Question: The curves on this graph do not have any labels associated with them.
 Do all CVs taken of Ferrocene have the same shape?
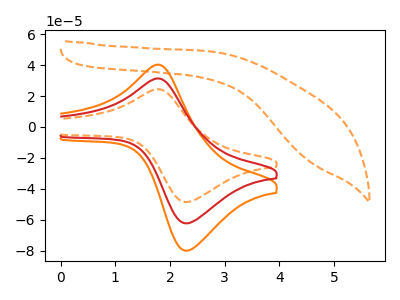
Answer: <think>The orange curve "orange" has an anodic peak at (1.75V, 62.60uA) and a cathodic peak at (2.30V, -124.40uA). The orange dashed curve "orange dashed" has an anodic peak at (1.75V, 24.35uA) and a cathodic peak at (2.30V, -48.45uA). The red curve "red" has an anodic peak at (1.75V, 31.30uA) and a cathodic peak at (2.30V, -62.20uA). The orange dashed curve "orange dashed" has no peaks.
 All the peaks in "orange" have a peak in "orange dashed" at the same potential. Every peak in "orange" is higher than every peak in "orange dashed". All the peaks in "orange" have a peak in "red" at the same potential. Every peak in "orange" is higher than every peak in "red". "orange" and "orange dashed" have a different number of peaks. All the peaks in "orange dashed" have a peak in "red" at the same potential. Every peak in "orange dashed" is lower than every peak in "red". "orange dashed" and "orange dashed" have a different number of peaks. "red" and "orange dashed" have a different number of peaks.</think>
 <answer>All the CV's of "Ferrocene" have similar shape.</answer>
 <eval>follow_rule</eval>